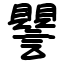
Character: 譻